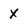
Character: X